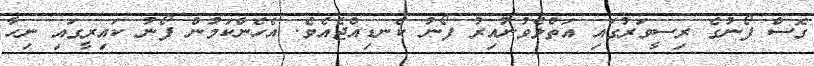
ގޮސް ފޯނުގެ ރިސީވަރުގައި އަތްލެވުނުއިރު ފޯނު ކެނޑިއްޖެއެވެ. އެހެންކަމުން ފޯނު ކައިރީގައި ނިހާ